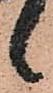
々